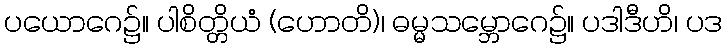
ပယောဂေ၌။ ပါစိတ္တိယံ (ဟောတိ)၊ ဓမ္မသမ္ဘောဂေ၌။ ပဒါဒီဟိ၊ ပဒ